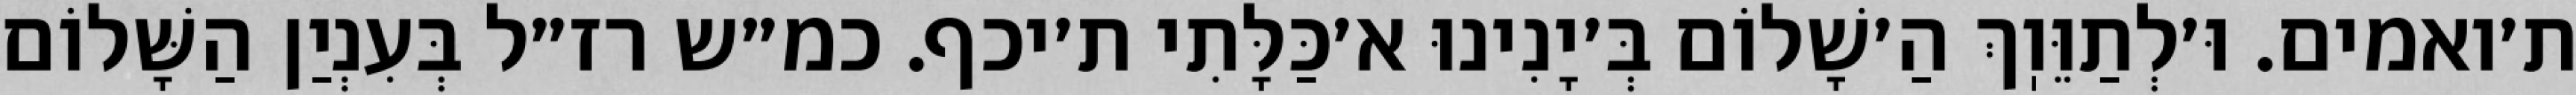
ת׳ואמים. וּ׳לְתַוֵּוֽךְ הַ׳שָׁלוֹם בְּ׳יָנִינוּ א׳כַּלָּתִי ת׳יכף. כמ״ש רז״ל בְּעִנְיַן הַשָּׁלוֹם